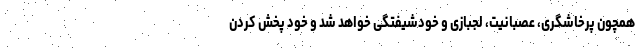
همچون پرخاشگری، عصبانیت، لجبازی و خودشیفتگی خواهد شد و خود پخش کردن